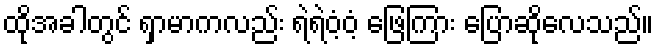
ထိုအခါတွင် ရှာမာကလည်း ရဲရဲဝံ့ဝံ့ ဖြေကြား ပြောဆိုလေသည်။